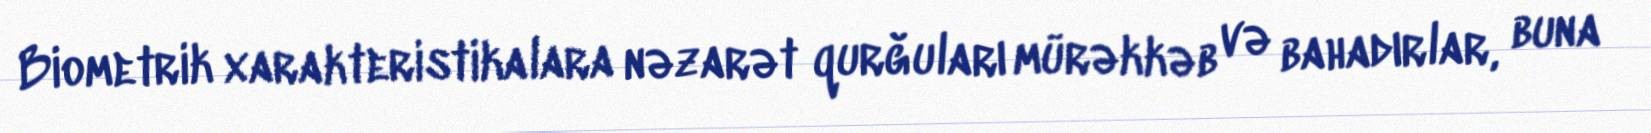
Biometrik xarakteristikalara nəzarət qurğuları mürəkkəb və bahadırlar, buna